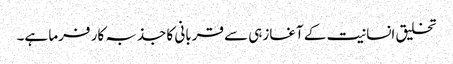
تخلیق انسانیت کے آغازہی سے قربانی کا جذبہ کار فرما ہے۔